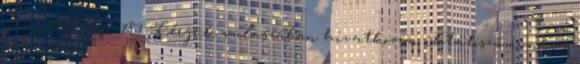
u. 2., 9701 Pf.: 183 Kérjük válaszában hivatkozzon iktatószámunkra